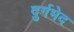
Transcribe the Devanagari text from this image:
दुर्गभेद